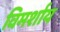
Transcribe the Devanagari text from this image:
विमर्शाय